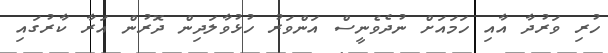
ހުރި ވަރުދާ އާއި ހަމައަށް ނުދެވެނީސް އަންވަރު ހުޅުވާލަދިން ދޮރުން އަރާ ކާރުގައި